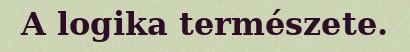
A logika természete.